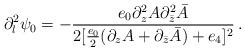
LaTeX: \begin{align*}\partial_l^2\psi_0=-\frac{e_0\partial_z^2A\partial_{\bar{z}}^2\bar{A}}{2[\frac{e_0}{2}(\partial_zA+\partial_{\bar{z}}\bar{A})+e_4]^2}\,.\end{align*}